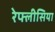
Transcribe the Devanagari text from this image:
रेफ्लीसिया